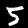
Label: 5